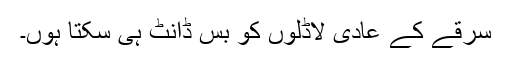
سرقے کے عادی لاڈلوں کو بس ڈانٹ ہی سکتا ہوں۔